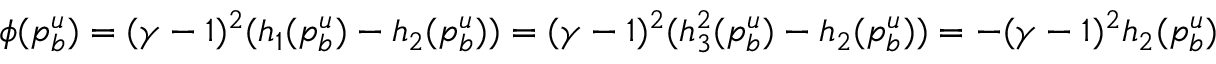
\begin{array} { r } { \phi ( p _ { b } ^ { u } ) = ( \gamma - 1 ) ^ { 2 } ( h _ { 1 } ( p _ { b } ^ { u } ) - h _ { 2 } ( p _ { b } ^ { u } ) ) = ( \gamma - 1 ) ^ { 2 } ( h _ { 3 } ^ { 2 } ( p _ { b } ^ { u } ) - h _ { 2 } ( p _ { b } ^ { u } ) ) = - ( \gamma - 1 ) ^ { 2 } h _ { 2 } ( p _ { b } ^ { u } ) < 0 . } \end{array}